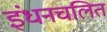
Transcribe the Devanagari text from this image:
इंधनचलित